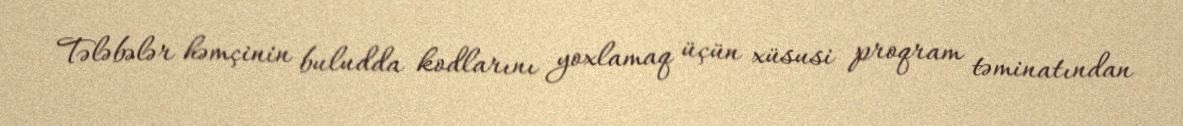
Tələbələr həmçinin buludda kodlarını yoxlamaq üçün xüsusi proqram təminatından